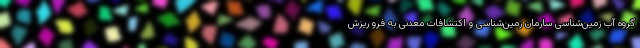
گروه آب زمین‌شناسی سازمان زمین‌شناسی و اکتشافات معدنی به فرو ریزش